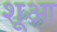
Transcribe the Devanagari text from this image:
शूआ